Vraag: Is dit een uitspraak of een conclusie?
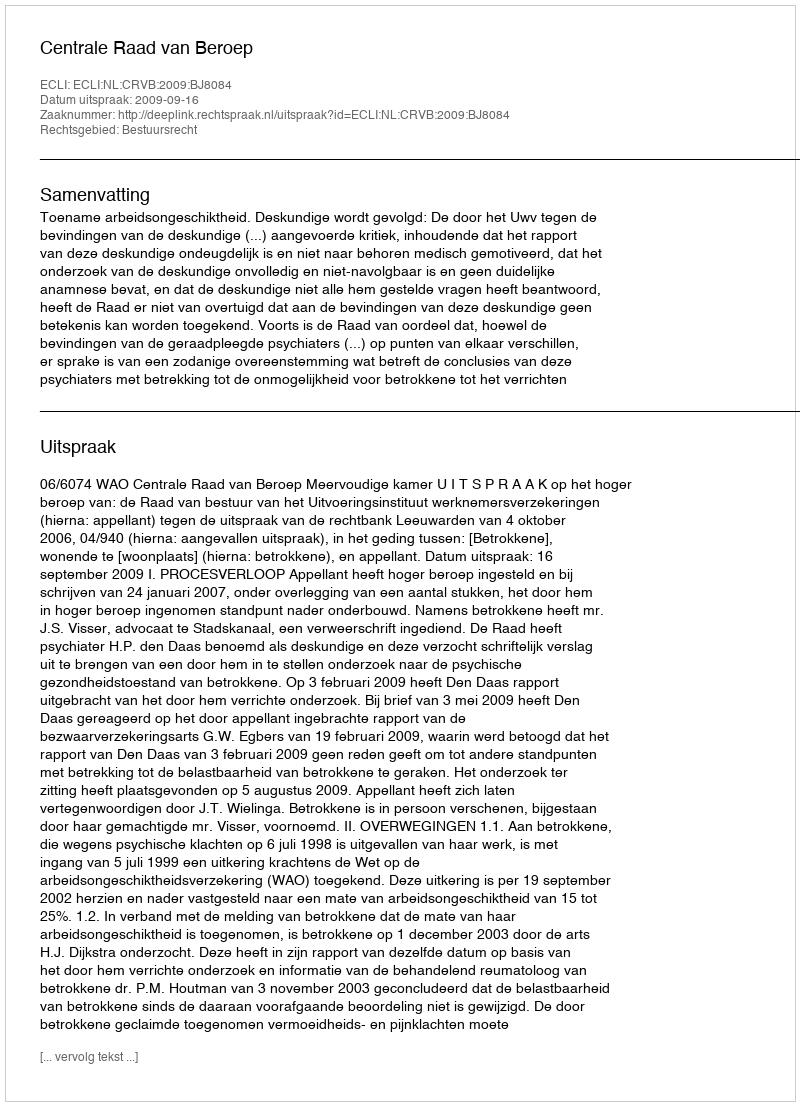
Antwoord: Uitspraak